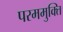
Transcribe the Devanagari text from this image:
परममुक्ति